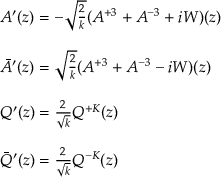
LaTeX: \begin{array} { l } { { A ^ { \prime } ( z ) = - \sqrt { \frac { 2 } { k } } ( A ^ { + 3 } + A ^ { - 3 } + i W ) ( z ) } } \\ { { \ } } \\ { { \bar { A } ^ { \prime } ( z ) = \sqrt { \frac { 2 } { k } } ( A ^ { + 3 } + A ^ { - 3 } - i W ) ( z ) } } \\ { { \ } } \\ { { Q ^ { \prime } ( z ) = \frac { 2 } { \sqrt { k } } Q ^ { + K } ( z ) } } \\ { { \ } } \\ { { \bar { Q } ^ { \prime } ( z ) = \frac { 2 } { \sqrt { k } } Q ^ { - K } ( z ) } } \end{array}